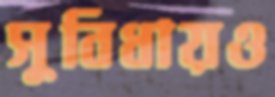
সুবিধায়ও